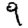
Digit: 9